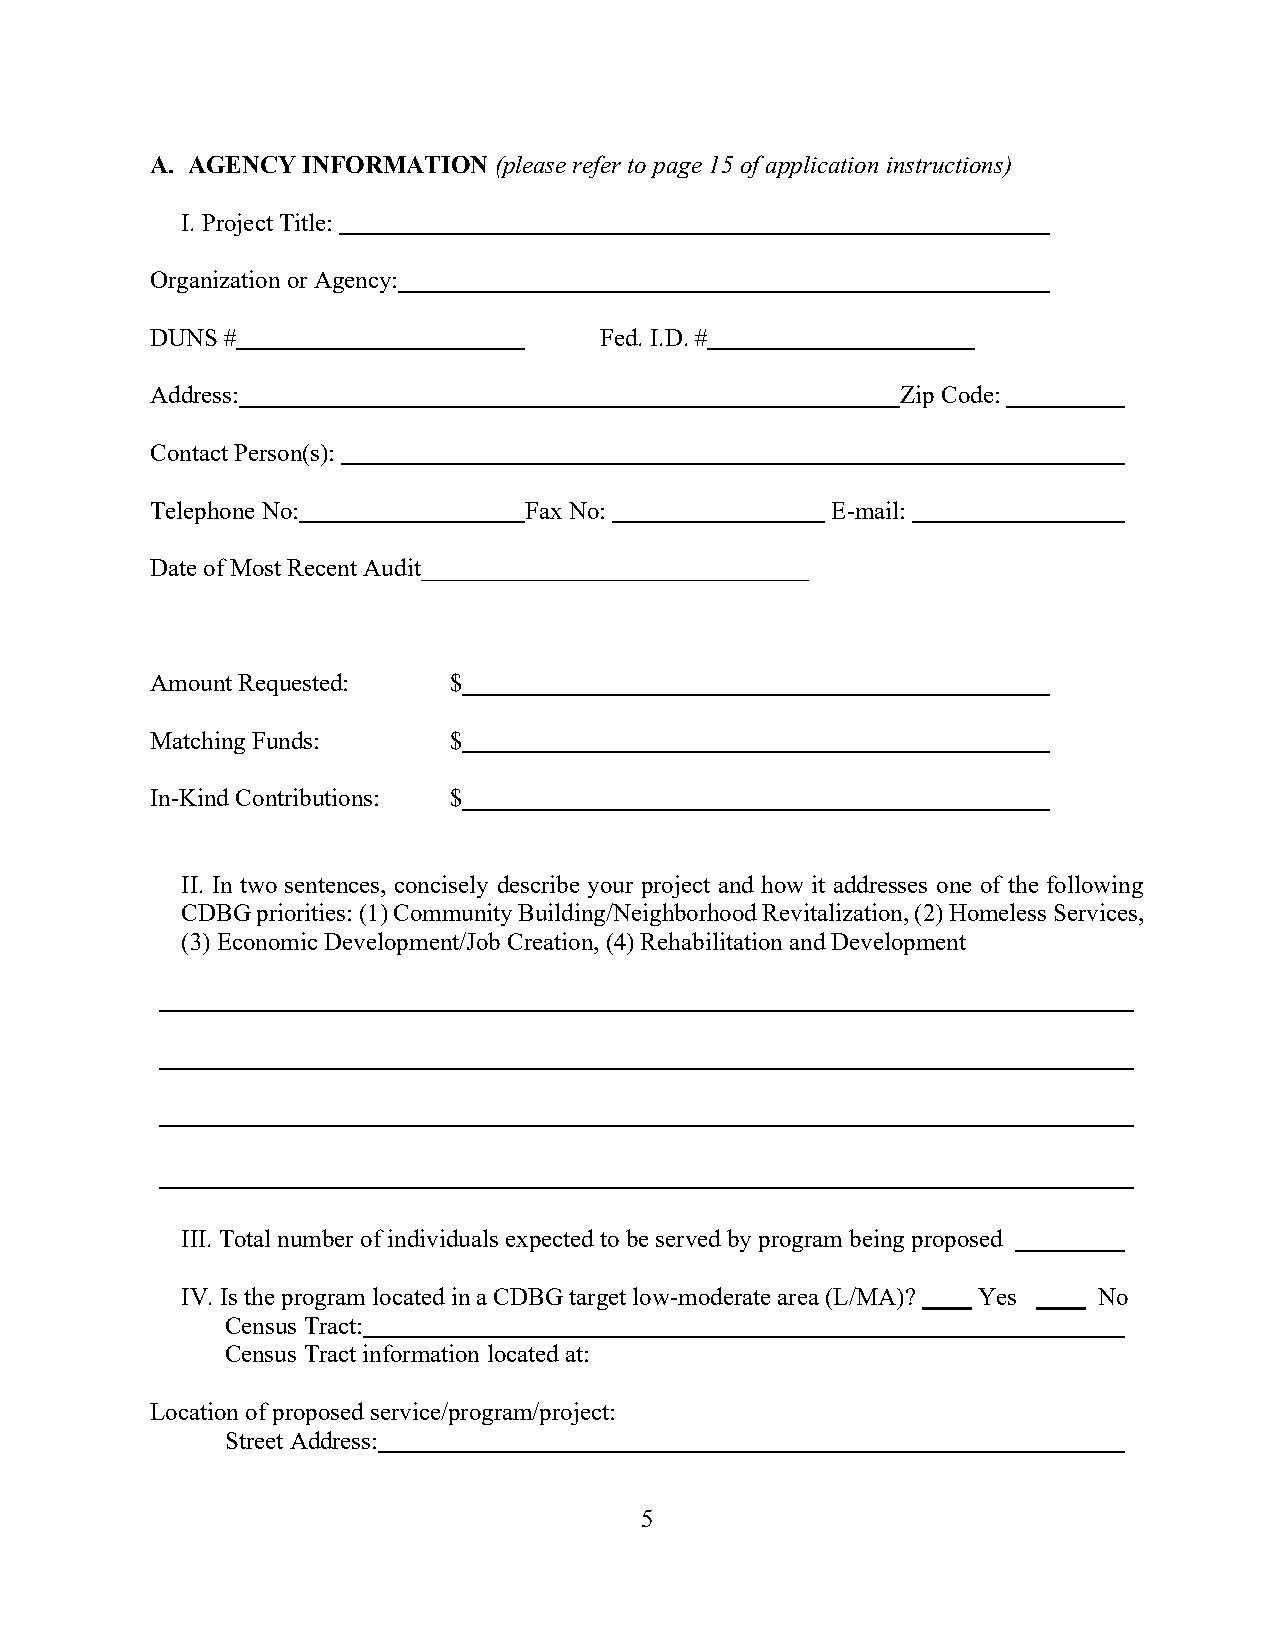
A. AGENCY INFORMATION  (please refer to page 15 of application instructions)
 I. Project Title:
 Organization or Agency:
 DUNS #                        Fed. I.D. #
 Address:                                          Zip Code:
 Contact Person(s):
 Telephone No:            Fax No:             E-mail:
 Date of Most Recent Audit_______________________________
 Amount Requested:   $
 Matching Funds:     $
 In-Kind Contributions: $
 II. In two sentences, concisely describe your project and how it addresses one of the following
 CDBG priorities: (1) Community Building/Neighborhood Revitalization, (2) Homeless Services,
 (3) Economic Development/Job Creation, (4) Rehabilitation and Development
 III. Total number of individuals expected to be served by program being proposed
 IV. Is the program located in a CDBG target low-moderate area (L/MA)? Yes No
 Census Tract:
 Census Tract information located at:
 Location of proposed service/program/project:
 Street Address:
 5